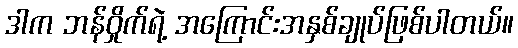
ဒါက ဘန်ဝှိုက်ရဲ့ အကြောင်းအနှစ်ချုပ်ဖြစ်ပါတယ်။